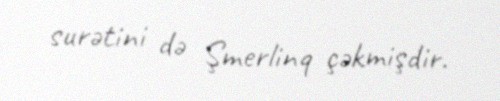
surətini də Şmerlinq çəkmişdir.